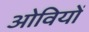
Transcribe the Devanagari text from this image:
ओवियों